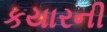
કયારની